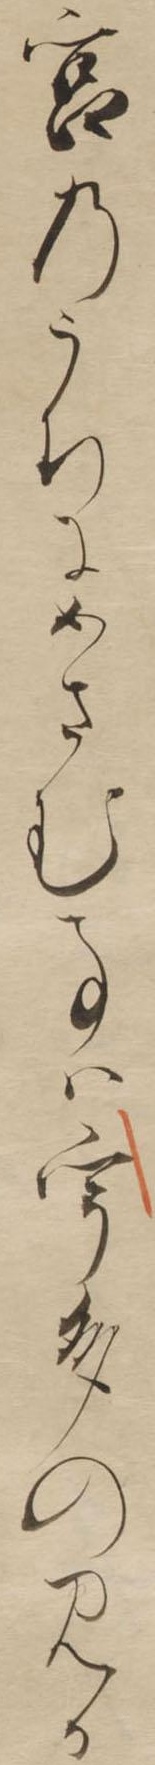
宮のうちにめさむ事はうたのみか